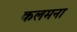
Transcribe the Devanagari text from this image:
कलमना